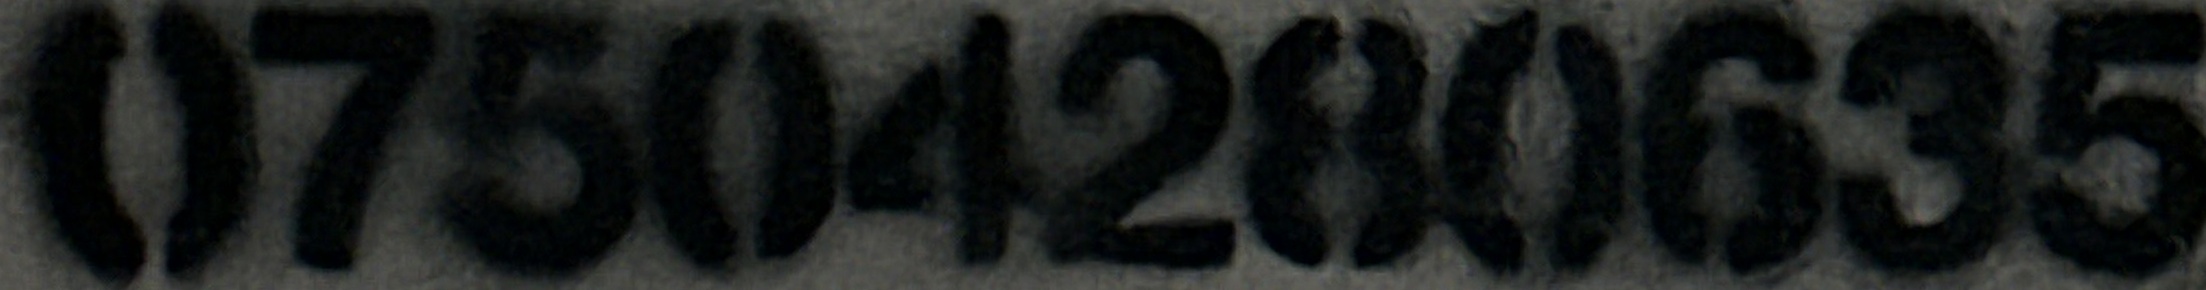
07504280635